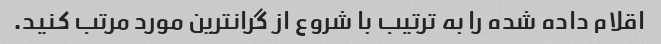
اقلام داده شده را به ترتیب با شروع از گرانترین مورد مرتب کنید.